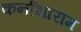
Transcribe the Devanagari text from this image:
कर्नाभाराम